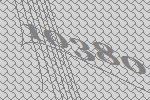
10380